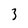
Character: 3